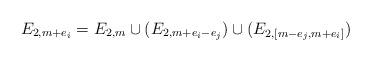
LaTeX: \begin{align*}E_{2,m+e_i} = E_{2,m} \cup (E_{2, m+e_i -e_j}) \cup (E_{2, [m-e_j, m+e_i] })\end{align*}